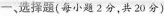
一、选择题(每小题2分，共20分)